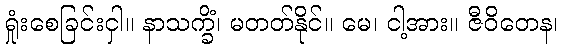
ရှုံးစေခြင်းငှါ။ နာသက္ခိံ၊ မတတ်နိုင်။ မေ၊ ငါ့အား။ ဇီဝိတေန၊